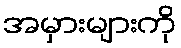
အမှားများကို